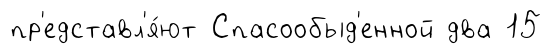
пр'едставл'я́ют Спасообыд'енной два 15